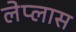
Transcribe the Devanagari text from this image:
लेप्लास